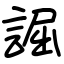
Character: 誳